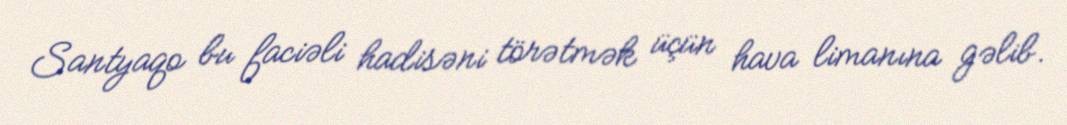
Santyaqo bu faciəli hadisəni törətmək üçün hava limanına gəlib.